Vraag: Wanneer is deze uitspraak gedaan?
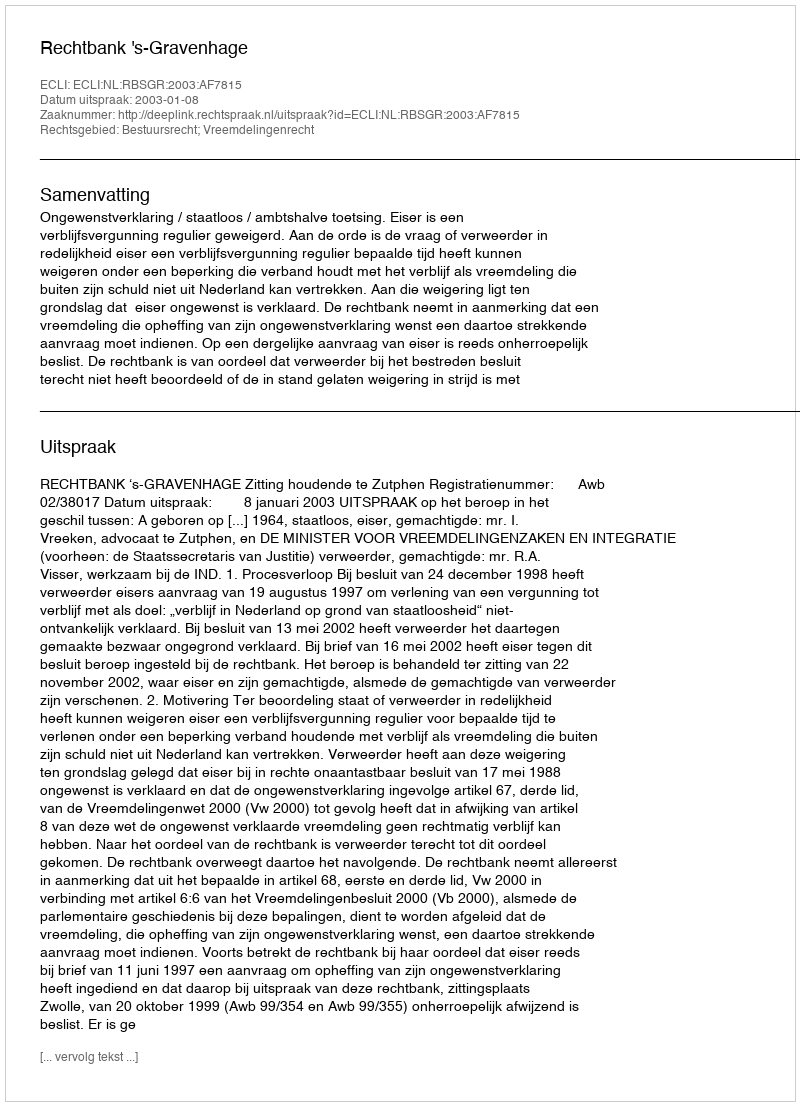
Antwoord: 2003-01-08